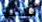
كتيب